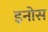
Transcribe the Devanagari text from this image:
इनोस